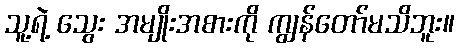
သူ့ရဲ့ သွေး အမျိုးအစားကို ကျွန်တော်မသိဘူး။